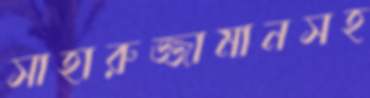
সাহারুজ্জামানসহ